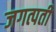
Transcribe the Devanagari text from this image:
जगत्पती